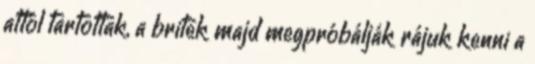
attól tartottak, a britek majd megpróbálják rájuk kenni a